Plague in India, 1896, 1897 - Volume 1
Year: 1896
Disease focus: Plague
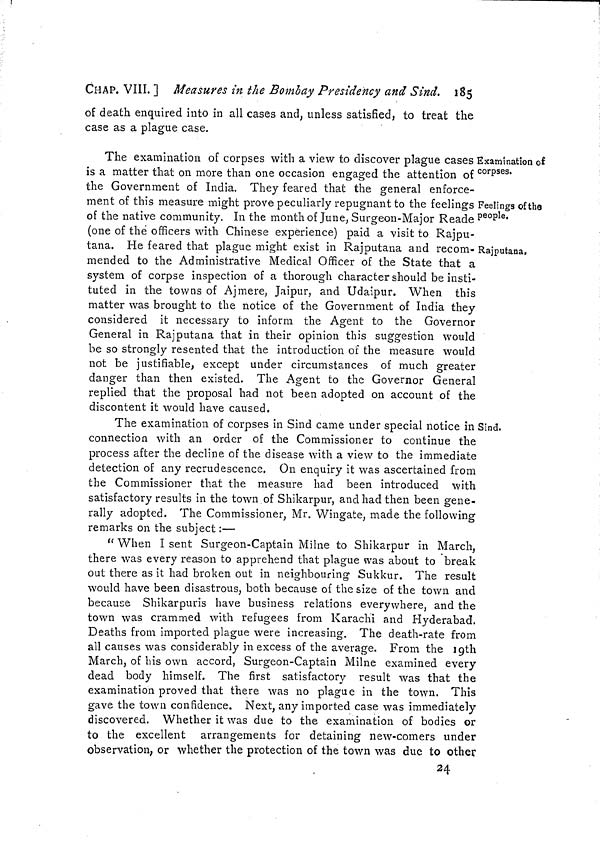
CHAP. VIII. ] Measures in the Bombay Presidency and Sind. 185
of death enquired into in all cases and, unless satisfied, to treat the
case as a plague case.
Examination of
corpses.
Feelings of the
people.
Rajputana,
The examination of corpses with a view to discover plague cases
is a matter that on more than one occasion engaged the attention of
the Government of India. They feared that the general enforce-
ment of this measure might prove peculiarly repugnant to the feelings
of the native community. In the month of June, Surgeon-Major Reade
(one of the officers with Chinese experience) paid a visit to Rajpu-
tana. He feared that plague might exist in Rajputana and recom-
mended to the Administrative Medical Officer of the State that a
system of corpse inspection of a thorough character should be insti-
tuted in the towns of Ajmere, Jaipur, and Udaipur. When this
matter was brought to the notice of the Government of India they
considered it necessary to inform the Agent to the Governor
General in Rajputana that in their opinion this suggestion would
be so strongly resented that the introduction or the measure would
not be justifiable, except under circumstances of much greater
danger than then existed. The Agent to the Governor General
replied that the proposal had not been adopted on account of the
discontent it would have caused,
Sind.
The examination of corpses in Sind came under special notice in i
connection with an order of the Commissioner to continue the
process after the decline of the disease with a view to the immediate
detection of any recrudescence. On enquiry it was ascertained from
the Commissioner that the measure had been introduced with
satisfactory results in the town of Shikarpur, and had then been gene-
rally adopted. The Commissioner, Mr. Wingate, made the following
remarks on the subject :—
" When I sent Surgeon-Captain Milne to Shikarpur in March,
there was every reason to apprehend that plague was about to break
out there as it had broken out in neighbouring Sukkur. The result
would have been disastrous, both because of the size of the town and
because Shikarpuris have business relations everywhere, and the
town was crammed with refugees from Karachi and Hyderabad.
Deaths from imported plague were increasing. The death-rate from
all causes was considerably in excess of the average. From the 19th
March, of his own accord, Surgeon-Captain Milne examined every
dead body himself. The first satisfactory result was that the
examination proved that there was no plague in the town. This
gave the town confidence. Next, any imported case was immediately
discovered. Whether it was due to the examination of bodies or
to the excellent arrangements for detaining new-comers under
observation, or whether the protection of the town was due to other
34